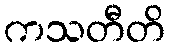
ကသတီတိ